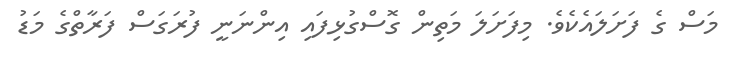
މަސް ގެ ފަށަލައެކެވެ. މިފަށަލަ މަތިން ގޮސްގުޅިފައި އިންނަނީ ފުރަގަސް ފަރާތްގެ މަޑު